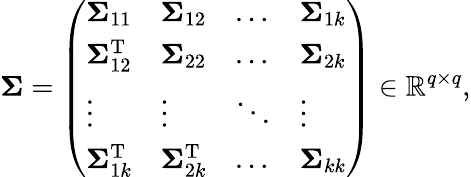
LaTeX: \mathbf{\Sigma}=\left(\begin{array}{llll}{\mathbf{\Sigma}_{11}}&{\mathbf{\Sigma}_{12}}&{\dots}&{\mathbf{\Sigma}_{1k}}\\ {\mathbf{\Sigma}_{12}^{\mathrm{T}}}&{\mathbf{\Sigma}_{22}}&{\dots}&{\mathbf{\Sigma}_{2k}}\\ {\vdots}&{\vdots}&{\ddots}&{\vdots}\\ {\mathbf{\Sigma}_{1k}^{\mathrm{T}}}&{\mathbf{\Sigma}_{2k}^{\mathrm{T}}}&{\dots}&{\mathbf{\Sigma}_{kk}}\end{array}\right)\in\mathbb{R}^{q\times q},